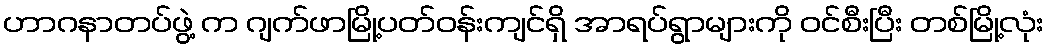
ဟာဂနာတပ်ဖွဲ့ က ဂျက်ဖာမြို့ပတ်ဝန်းကျင်ရှိ အာရပ်ရွာများကို ဝင်စီးပြီး တစ်မြို့လုံး